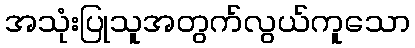
အသုံးပြုသူအတွက်လွယ်ကူသော